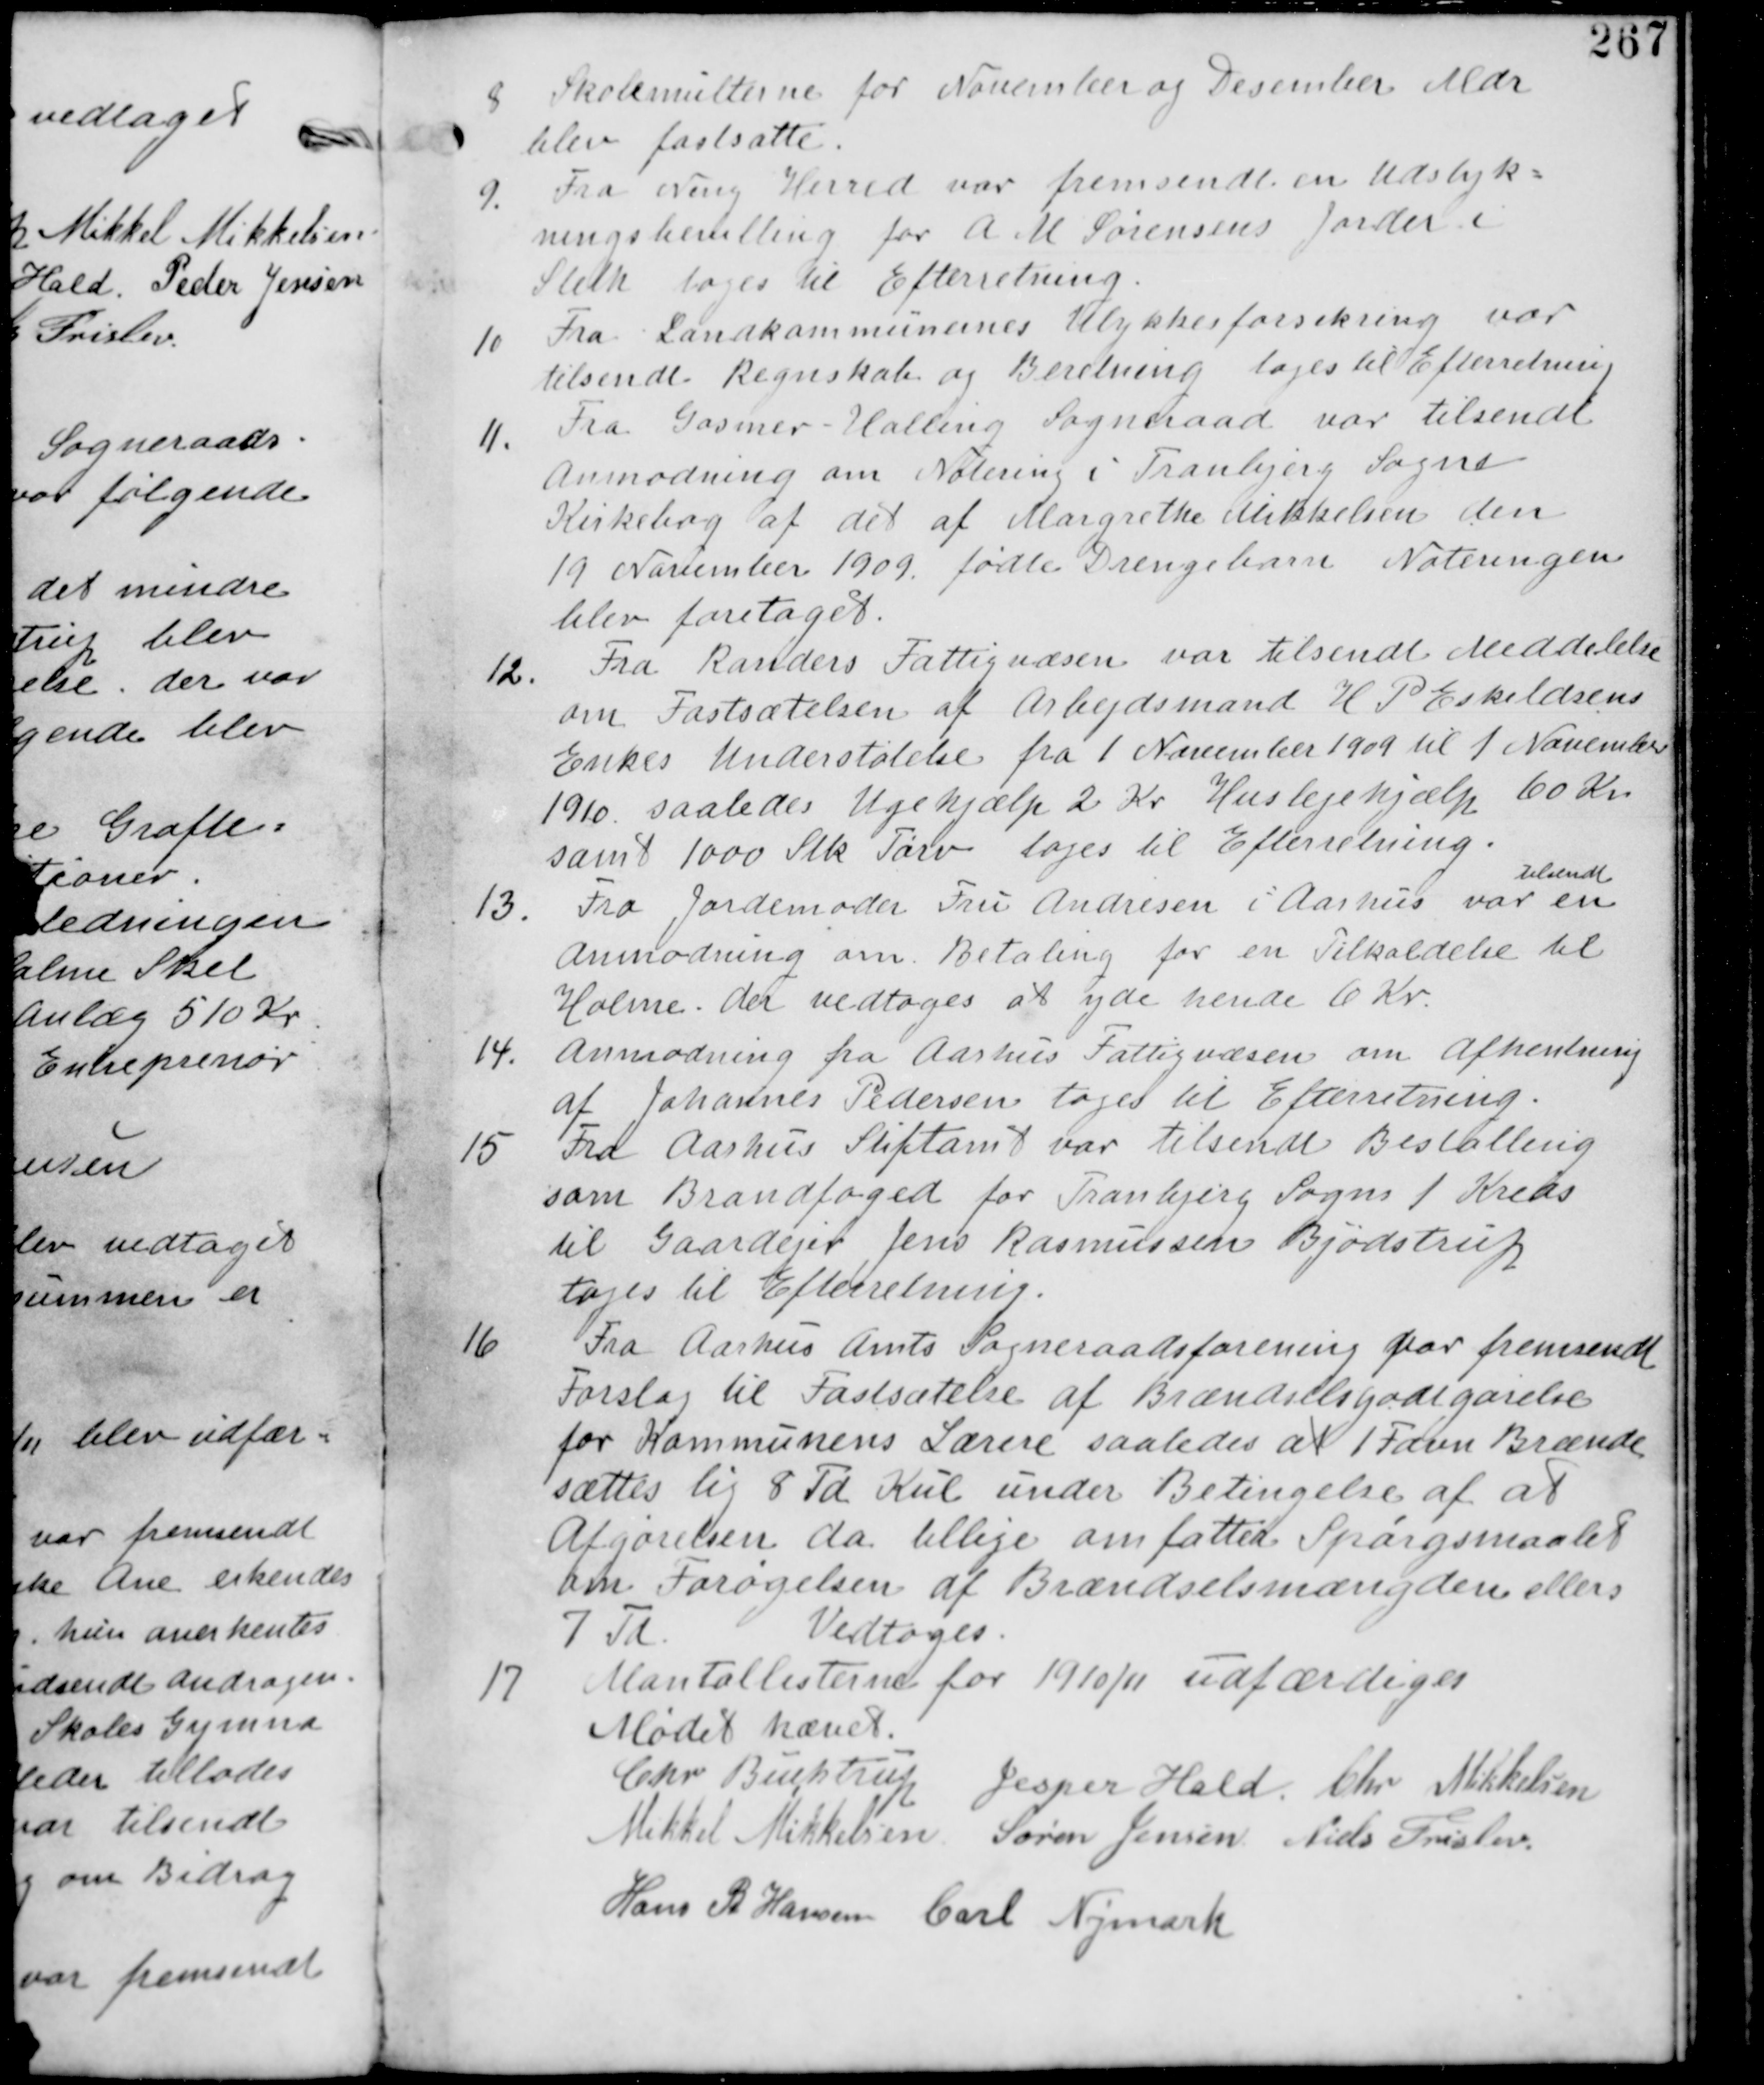
Transskription:
8
Skolemulterne for November og December Mdr
blev fastsatte.

9. Fra Ning Herred var fremsendt en Udstyk-
ningsbevilling for A. M Sørensens Jorder i
Sleth tages til Efterretning.

10 Fra Landkommunernes Ulykkesforsikring var
tilsendt Regnskab og Beretning tages til Efterretning

11.
Fra Gosmer-Halling Sogneraad var tilsendt
Anmodning om Notering i Tranbjerg Sogne-
Kirkebog af det af Margrethe Mikkelsen den
19 November 1909 fødte Drengebarn. Noteringen
blev foretaget.

12. Fra Randers Fattigvæsen var tilsendt Meddelelse
om Fastsættelsen af Arbejdsmand H P Eskildsens
Enkes Understøttelse fra 1 November 1909 til 1. November
1910 saaledes Ugehjælp 2 Kr Huslejehjælp 60 Kr
samt 1000 Stk Tørv tages til Efterretning.

13.
Fra Jordemoder Fru Andresen i Aarhus var
tilsendt
en
Anmodning om Betaling for en Tilkaldelse til
Holme. der vedtages at yde hende 6 Kr.

14. Anmodning fra Aarhus Fattigvæsen om afhentning
af Johannes Pedersen tages til Efterretning

15. Fra Aarhus Stiftamt var tilsendt Bestalling
som Brandfoged for Tranbjerg Sogn 1 Kreds
til Gaardejer Jens Rasmussen Bjødstrup
tages til Efterretning

16
Fra Aarhus Amts Sogneraadsforening har fremsendt
Forslag til Fastsættelse af Brændselsgodtgørelse
for Kommunens Lærere saaledes at 1 Favn Brænde
sættes lig 8 Td Kul under Betingelse af at
Afgørelsen da tillige omfatter Spørgsmaalet
om Forøgelsen af Brændselsmængden ellers
7 Td
Vedtages

17 Mantallisterne for 1910/11 udfærdiges.

Mødet hævet.
Chr Buchtrup Jesper Hald Chr Mikkelsen
Mikkel Mikkelsen Søren Jensen Niels Frislev
Hans R Hansen Carl Nymark